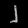
Digit: ၂